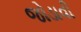
જોડાવી